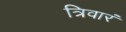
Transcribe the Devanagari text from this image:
त्रिवारं